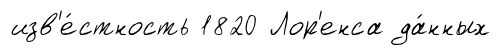
изв'е́стность 1820 Лор'енса да́нных